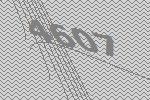
4607